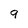
Character: 9